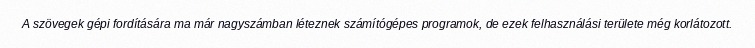
A szövegek gépi fordítására ma már nagyszámban léteznek számítógépes programok, de ezek felhasználási területe még korlátozott.